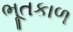
ભૂતકાળ